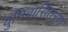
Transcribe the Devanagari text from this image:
युनिवार्सितरण